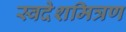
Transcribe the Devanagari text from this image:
स्वदेशमित्रण